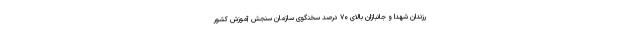
رزندان شهدا و جانبازان بالای ۷۰ درصد سخنگوی سازمان سنجش آموزش کشور